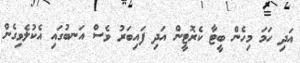
އަދި ހަމަ މިހެން ބީޓާ ކެރޮޓީން އަދި ފައިބަރު ވެސް އަނބުގައި އެކުލެވިގެން